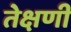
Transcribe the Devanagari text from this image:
तेक्षणी